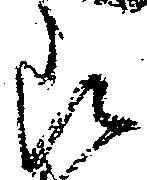
郎